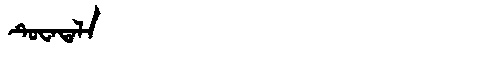
Manchu: ᡨᡠᠸᠠᡨᠠᠯᠠ
Romanization: TUWATALA